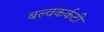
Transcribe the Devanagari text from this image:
बल्वकर्कटी